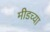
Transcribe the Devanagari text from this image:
मीडच्या